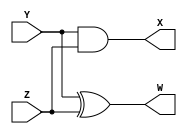
module half_adder (output W, X, input Y, Z); 
    and (X, Y, Z);
    xor (W, Y, Z);
endmodule

module full_adder (output W, X, input Y, Z, C); 
    assign W = Y^Z^C;
    assign X = (Y & Z) + (C & Y) + ( C & Z );
endmodule


module add (A, B, F);

    input [2:0] A, B; 
    output [3:0]F;
    wire x0,x1;
    half_adder H1(F[0],x0,A[0],B[0]);
    full_adder F1(F[1],x1,A[1],B[1], x0);
    full_adder F2(F[2],F[3],A[2],B[2], x1);

endmodule